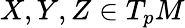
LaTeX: X,Y,Z\in T_{p}M